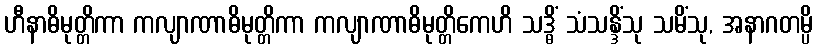
ဟီနာဓိမုတ္တိကာ ကလျာဏာဓိမုတ္တိကာ ကလျာဏာဓိမုတ္တိကေဟိ သဒ္ဓိံ သံသန္ဒိံသု သမိံသု, အနာဂတမ္ပိ